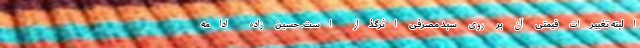
البته تغییرات قیمتی آن بر روی سبد مصرفی اثرگذار است. حسین زاده ادامه